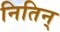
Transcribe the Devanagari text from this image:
नितिन्